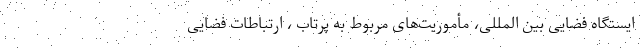
ایستگاه فضایی بین المللی، مأموریت‌های مربوط به پرتاب ، ارتباطات فضایی